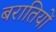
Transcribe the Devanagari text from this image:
बरातियों